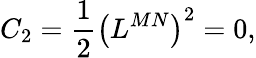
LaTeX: C_{2}=\frac 12\left(L^{MN}\right)^{2}=0,